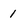
Character: 1